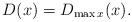
LaTeX: \begin{align*}D(x) = D_{\max x} (x).\end{align*}